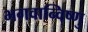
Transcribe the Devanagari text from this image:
भगवान्विष्णु